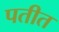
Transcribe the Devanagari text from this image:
पतीत